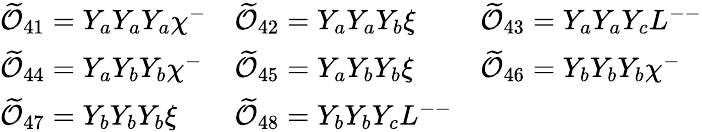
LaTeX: \begin{array}{lll}{{\widetilde{\cal O}_{41}=Y_{a}Y_{a}Y_{a}\chi^{-}}}&{{\widetilde{\cal O}_{42}=Y_{a}Y_{a}Y_{b}\xi}}&{{\widetilde{\cal O}_{43}=Y_{a}Y_{a}Y_{c}L^{--}}}\\ {{\widetilde{\cal O}_{44}=Y_{a}Y_{b}Y_{b}\chi^{-}}}&{{\widetilde{\cal O}_{45}=Y_{a}Y_{b}Y_{b}\xi}}&{{\widetilde{\cal O}_{46}=Y_{b}Y_{b}Y_{b}\chi^{-}}}\\ {{\widetilde{\cal O}_{47}=Y_{b}Y_{b}Y_{b}\xi}}&{{\widetilde{\cal O}_{48}=Y_{b}Y_{b}Y_{c}L^{--}}}&{{}}\end{array}